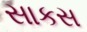
સાકસ